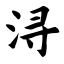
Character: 浔